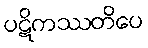
ပဋိကဿတိပေ